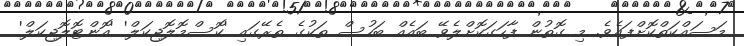
މަސައްކަތްކޮށްފައެވެ. މި ގޮތުން ފާހަގަކޮށްލެވޭ ބައެއް ބަހުސް ތަކުގެ ތެރޭގައި 'ކޮސްމޮލޮޖިކަލް' 'އޮންޓޮލޮޖިކަލް'